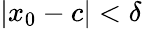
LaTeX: |x_{0}-c|<\delta